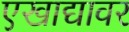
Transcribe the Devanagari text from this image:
एखाद्यावर